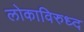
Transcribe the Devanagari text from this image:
लोकाविरुध्द